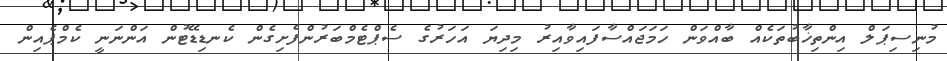
މުނިސިޕަލް އިންތިޚާބުތަކެއް ބާއްވަން ހަމަޖައްސާފައިވާއިރު މިދިޔަ އަހަރުގެ ސެޕްޓެމްބަރުންފެށިގެން ކެނޑިޑޭޓުން އަންނަނީ ކެމްޕެއިން